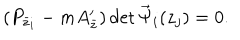
( P _ { \bar { z } _ { i } } - m A _ { \bar { z } } ^ { \prime } ) \det { \vec { \Psi } } _ { i } ( z _ { j } ) = 0 .